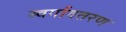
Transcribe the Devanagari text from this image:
स्वर्गावतरण